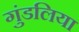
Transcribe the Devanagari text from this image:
गुंडलिया